Document type: Barter
Year: 1304
Scribe: Pere Pometa
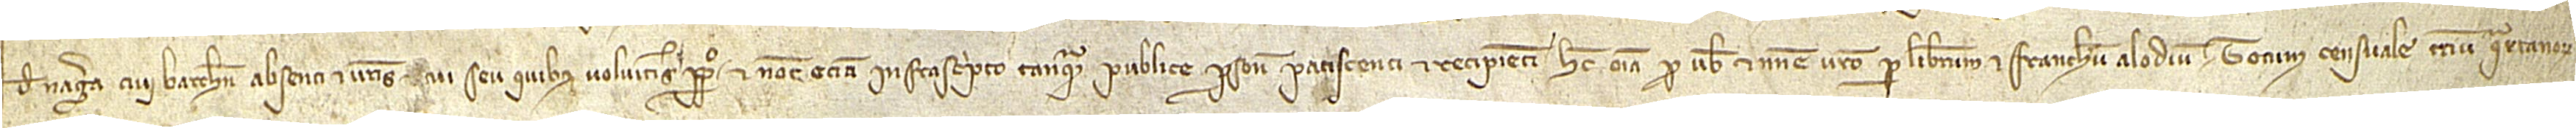
de Nagera, civi Barchinone, absenti, et vestris et cui seu quibus volueritis perpetuo, et notario etiam infrascripto tanquam publice persone paciscenti et recipienti hec omnia pro vobis et nomine vestro, per liberum et franchum alodium totum censuale trium quartanorum